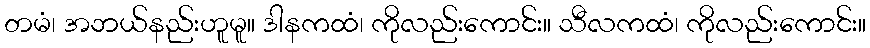
တမံ၊ အဘယ်နည်းဟူမူ။ ဒါနကထံ၊ ကိုလည်းကောင်း။ သီလကထံ၊ ကိုလည်းကောင်း။